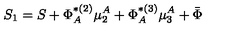
S _ { 1 } = S + \Phi _ { A } ^ { * ( 2 ) } \mu _ { 2 } ^ { A } + \Phi _ { A } ^ { * ( 3 ) } \mu _ { 3 } ^ { A } + \bar { \Phi }